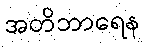
အတိဘာရေန